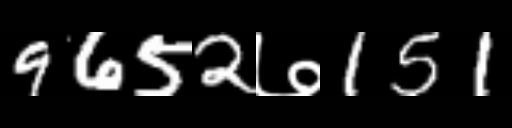
Text: 9652७151